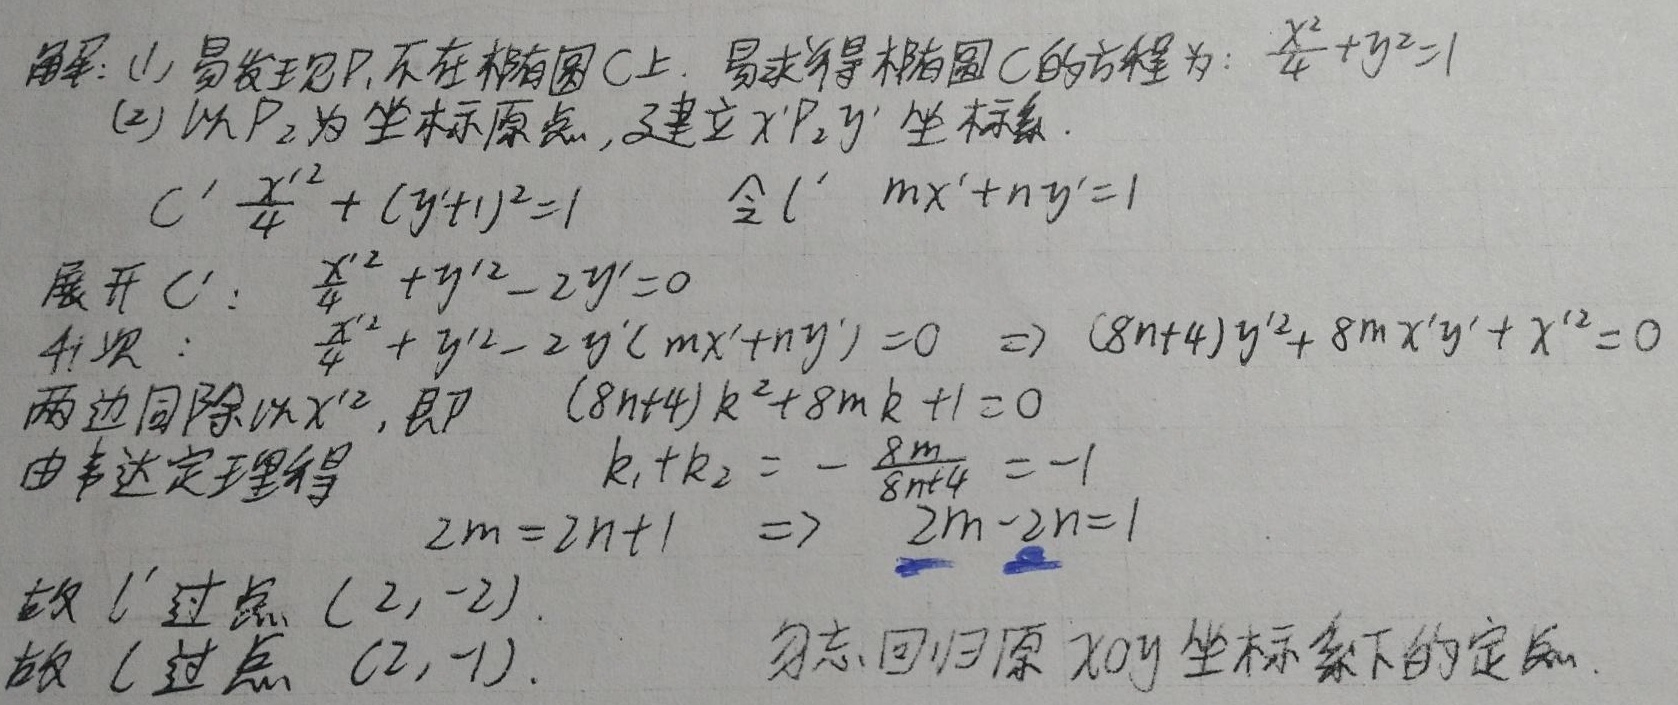
解：
(1) 易发现 \(P_1\) 不在椭圆 \(C\) 上。易求得椭圆 \(C\) 的方程为：\(\frac{x^{2}}{4}+y^{2}=1\)。
(2) 以 \(P_2\) 为坐标原点，建立 \(x'P_2y'\) 坐标系。
\(C':\frac{x'^{2}}{4}+(y'+1)^{2}=1\)，令 \(l':mx'+ny' = 1\)。
展开 \(C'\)：\(\frac{x'^{2}}{4}+y'^{2}+2y'=0\)。
齐次：\(\frac{x'^{2}}{4}+y'^{2}+2y'(mx'+ny') = 0\Rightarrow(8n + 4)y'^{2}+8mx'y'+x'^{2}=0\)。
两边同除以 \(x'^{2}\)，即 \((8n + 4)k^{2}+8mk + 1 = 0\)。
由韦达定理得 \(k_1 + k_2=-\frac{8m}{8n + 4}=-1\)。
\(2m = 2n + 1\Rightarrow2m - 2n = 1\)。
故 \(l'\) 过点 \((2,-2)\)。
故 \(l\) 过点 \((2,-1)\)。勿忘回归原 \(xOy\) 坐标系下的定点。